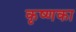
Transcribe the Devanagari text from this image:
कृष्णका